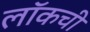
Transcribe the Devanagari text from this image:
लॉकची